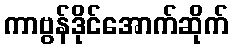
ကာဗွန်ဒိုင်အောက်ဆိုက်